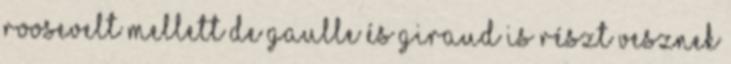
Roosevelt mellett de Gaulle és Giraud is részt vesznek